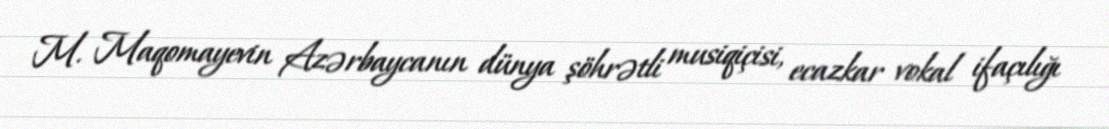
M. Maqomayevin Azərbaycanın dünya şöhrətli musiqiçisi, ecazkar vokal ifaçılığı